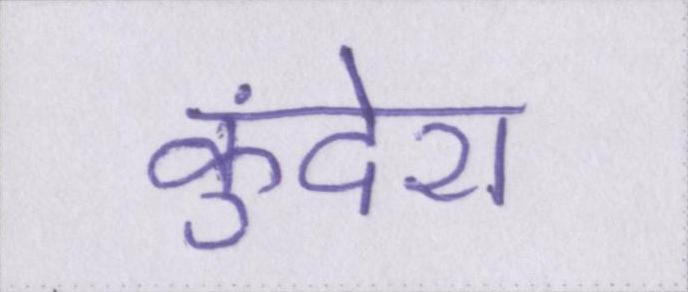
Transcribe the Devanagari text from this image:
कुंदेरा